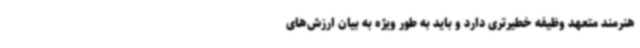
هنرمند متعهد وظیفه خطیرتری دارد و باید به طور ویژه به بیان ارزش‌های